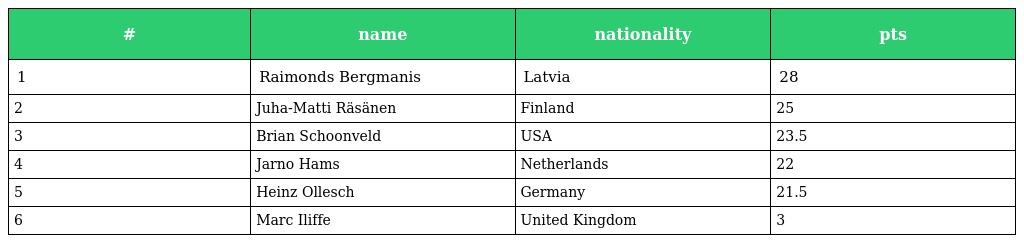
| # | name | nationality | pts |
 | --- | --- | --- | --- |
 | 1 | Raimonds Bergmanis | Latvia | 28 |
 | 2 | Juha-Matti Räsänen | Finland | 25 |
 | 3 | Brian Schoonveld | USA | 23.5 |
 | 4 | Jarno Hams | Netherlands | 22 |
 | 5 | Heinz Ollesch | Germany | 21.5 |
 | 6 | Marc Iliffe | United Kingdom | 3 |